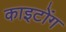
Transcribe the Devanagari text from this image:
काइटोंग